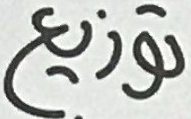
توزيع